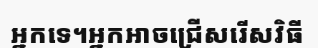
អ្នកទេ។អ្នកអាចជ្រើសរើសវិធី